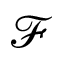
\mathcal { F }